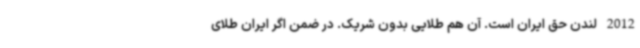
2012 لندن حق ایران است. آن هم طلایی بدون شریک. در ضمن اگر ایران طلای